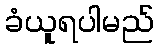
ခံယူရပါမည်